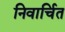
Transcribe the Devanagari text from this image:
निवार्चित